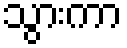
သွားကာ